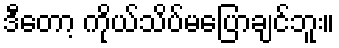
ဒီတော့ ကိုယ်သိပ်မပြောချင်ဘူး။